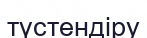
түстендіру